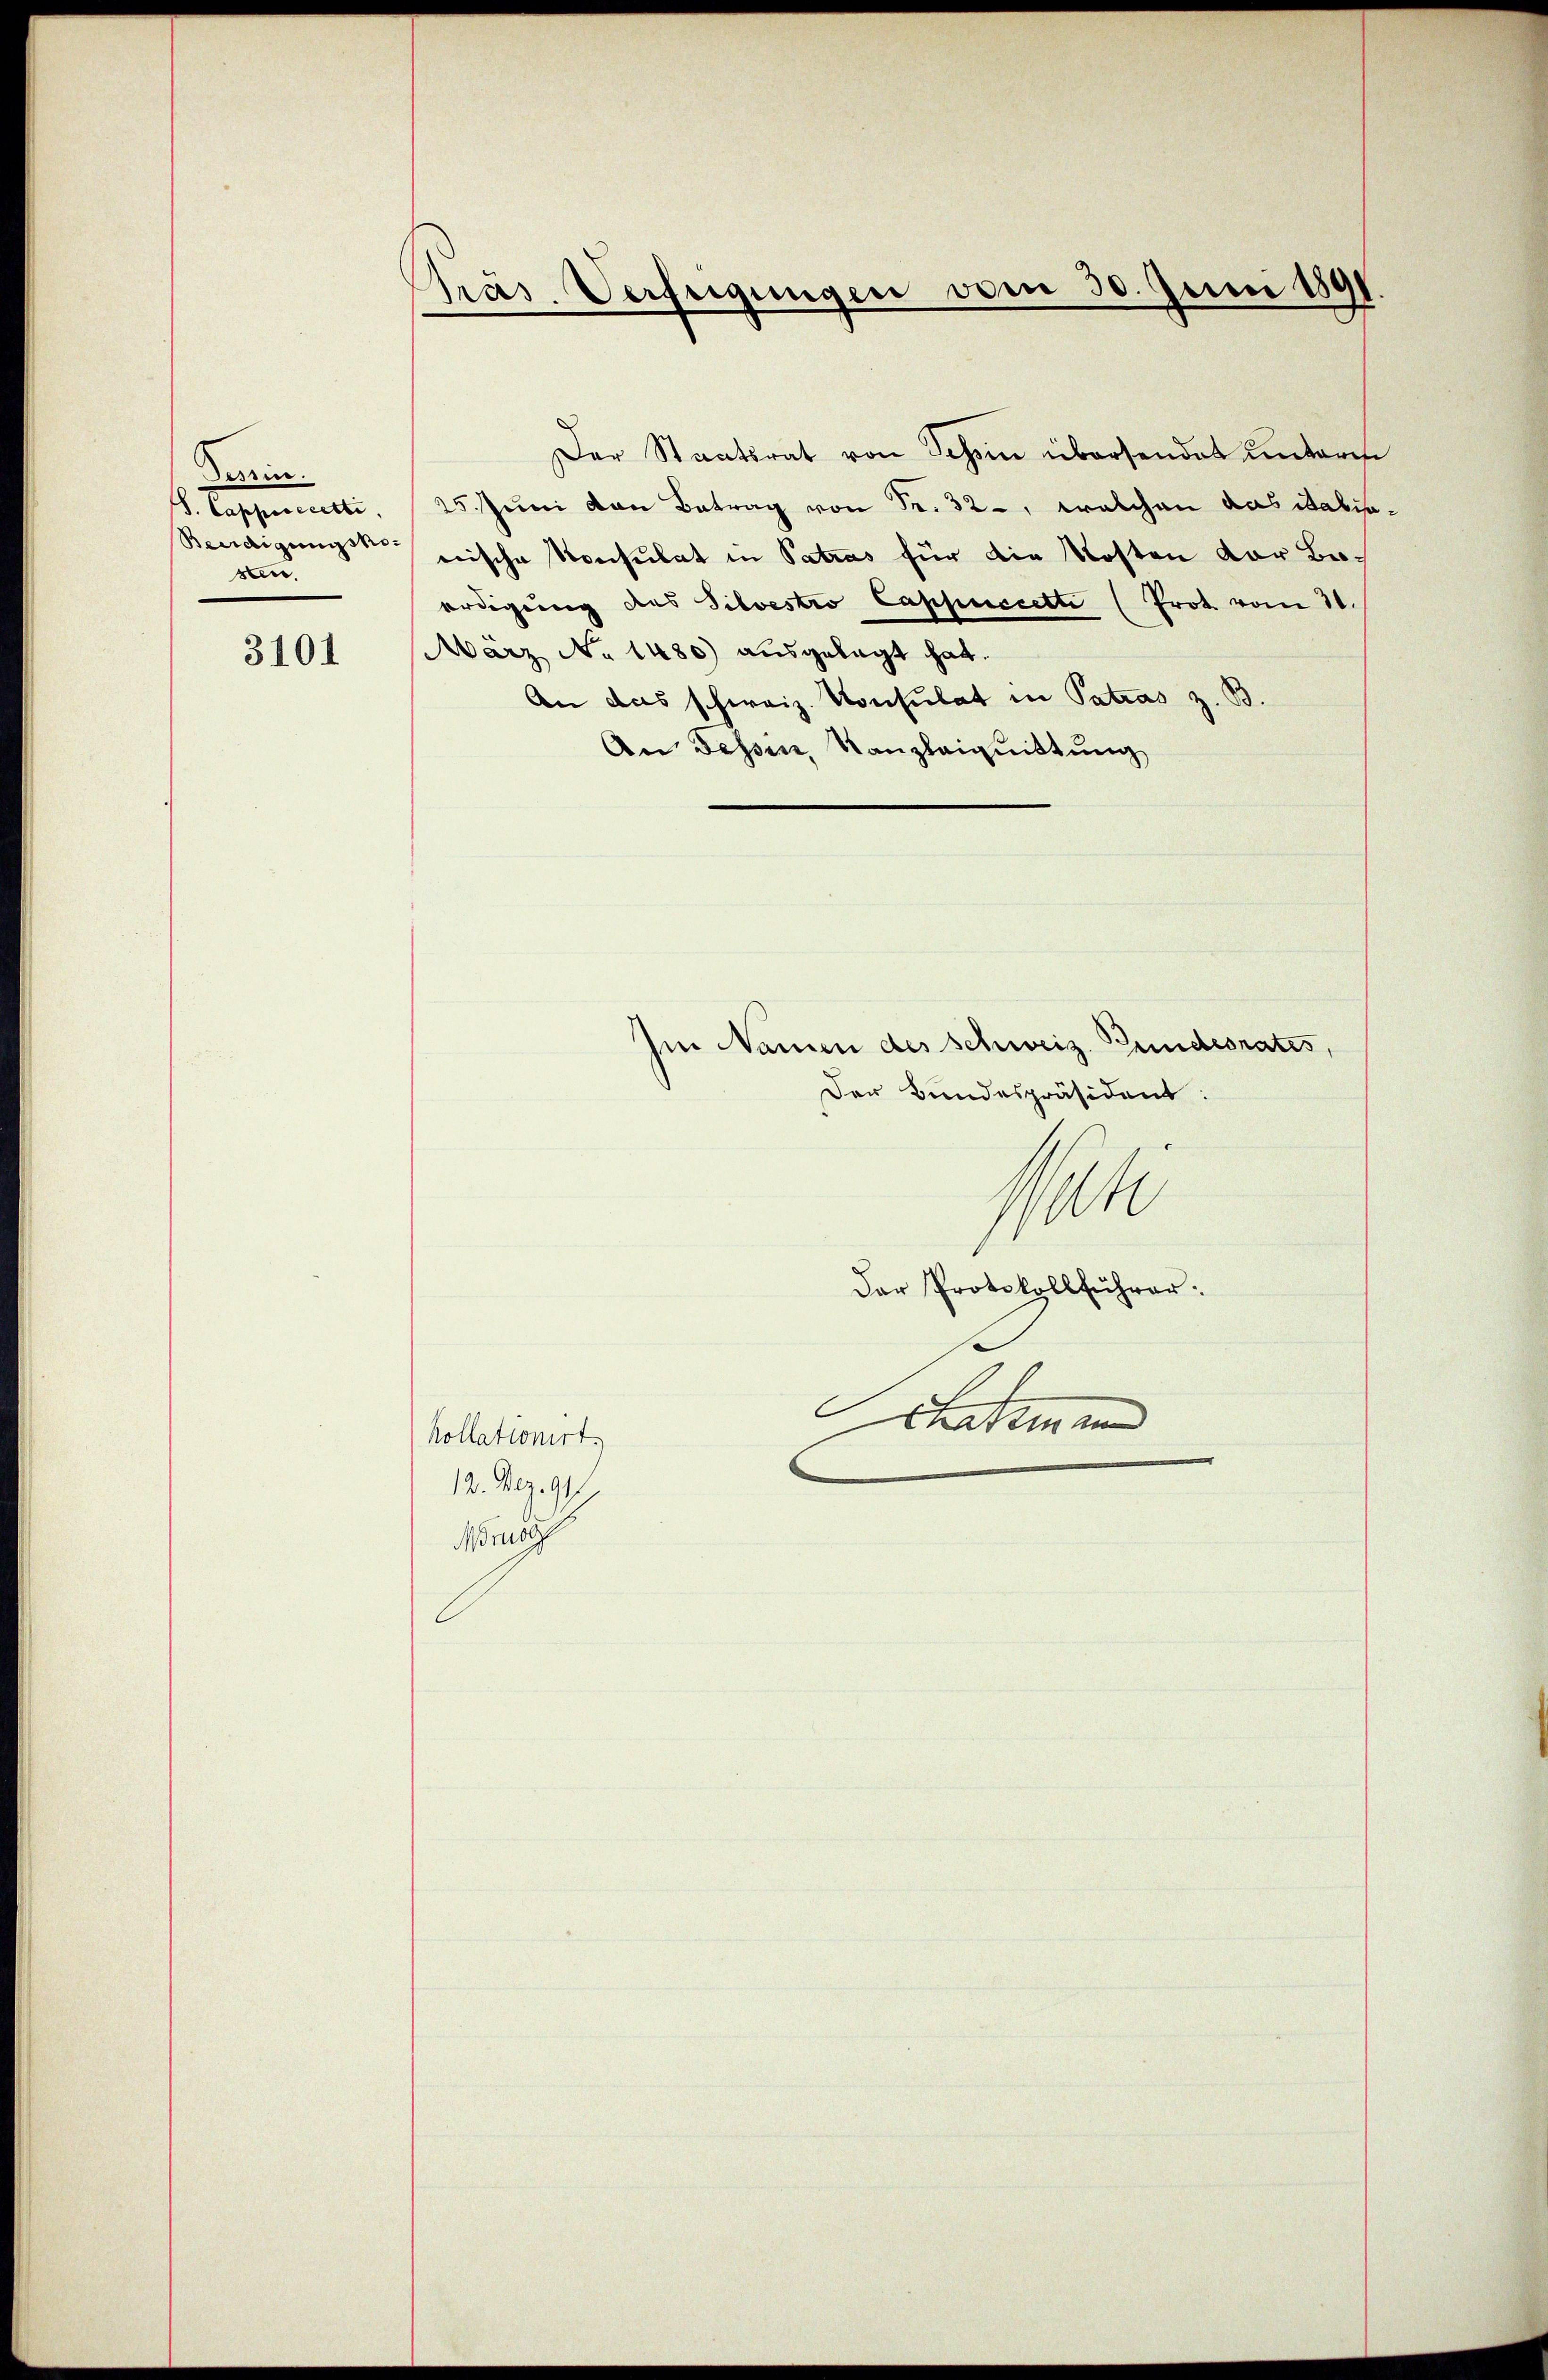
Deszin.
. Casparieli.
Beeidigungskosten.

3101

Pras. Verfügungen vom 30. Juni 1891

Der Staatsrat von Tessin übersendet unteres
25. Juni von Betrag von Fr. 32, welchen das Raben.
wische Konsulat in Patras für die Kosten vor Boerdigung des Silvestro Cappeccetti (Prot vom 11.
März No 1480) ausgelegt hat.
An das schweiz. Konsulat in Patras z. B.
An Fessen, Kanzleiguittung
hin Namen des Schweiz. Gundesrates,
Der Bundespräsident:
Mate
Der Protokollführer:
Schatzmann
kollationirt.
12. Mag. 941

Monsi